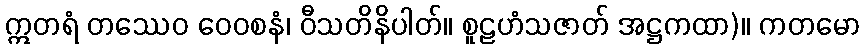
ဣတရံ တဿေဝ ဝေဝစနံ၊ ဝီသတိနိပါတ်။ စူဠဟံသဇာတ် အဋ္ဌကထာ)။ ကတမော